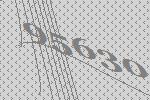
95630